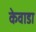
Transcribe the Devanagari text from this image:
केवाडा